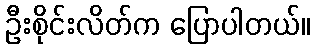
ဦးစိုင်းလိတ်က ပြောပါတယ်။